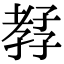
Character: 𡦊